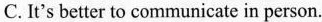
C. It's better to communicate in person. "